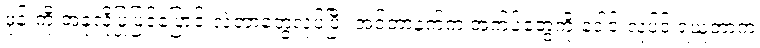
ဖုန်းကို အခုလိုပြုပြင်ပြောင်းလဲတာတွေလုပ်ပြီး အင်တာနက်က အက်ပ်တွေကို ဒေါင်းလုပ်ဒ် ရယူတာက